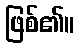
ဖြစ်၏။